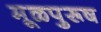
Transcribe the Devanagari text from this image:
मूळपुरूष